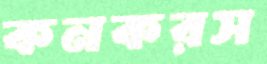
কনকরস